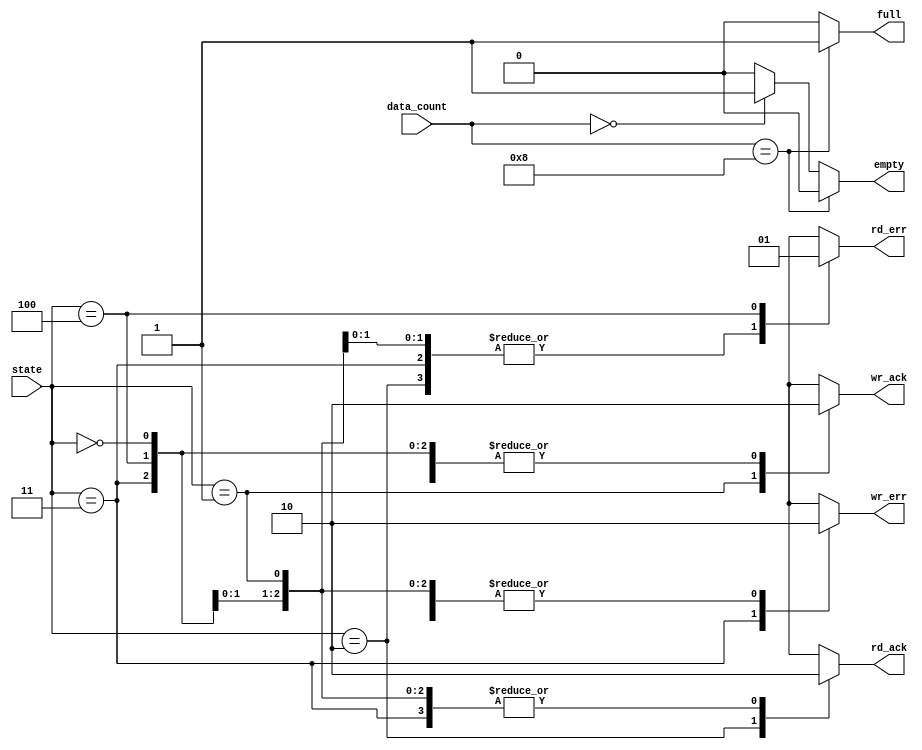
module fifo_out(state, data_count, full, empty, wr_ack, wr_err, rd_ack, rd_err);//fifo_out module

	input [2:0] state;//inputs
	input [3:0] data_count;
	output full, empty, wr_ack, wr_err, rd_ack, rd_err;//outputs
	reg full, empty, wr_ack, wr_err, rd_ack, rd_err;
	
	always @ (state, data_count) begin
		if(data_count==8) begin//if data_count==8, full signal
								full<=1; empty<=0;
								end
		else if(data_count==0) begin//if data_count==0, empty signal
								full<=0; empty<=1;
								end
		else begin//else no full, no empty
					full<=0;	empty<=0;
				end
		end
		
	//parameter of states
	parameter IDLE=3'b000;
	parameter WRITE=3'b001;
	parameter READ=3'b010;
	parameter WR_ERROR=3'b011;
	parameter RD_ERROR=3'b100;
	
	
	//Always block of each state's signal 
	always @ (state, data_count) begin
		case(state)
	IDLE : begin
					wr_ack<=0; wr_err<=0; rd_ack<=0; rd_err<=0;
			 end
	WRITE : begin
					wr_ack<=1; wr_err<=0; rd_ack<=0; rd_err<=0;
			  end
	READ : begin
					wr_ack<=0; wr_err<=0; rd_ack<=1; rd_err<=0;
			 end
	WR_ERROR: begin
					wr_ack<=0; wr_err<=1; rd_ack<=0; rd_err<=0;
				 end
	RD_ERROR: begin
					wr_ack<=0; wr_err<=0; rd_ack<=0; rd_err<=1;
				 end
	default: begin
					wr_ack<=1'bx; wr_err<=1'bx; rd_ack<=1'bx; rd_err<=1'bx;
					end
		endcase
	end
	
endmodule